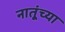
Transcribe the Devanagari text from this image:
नातूंच्या